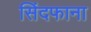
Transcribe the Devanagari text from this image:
सिंदफाना